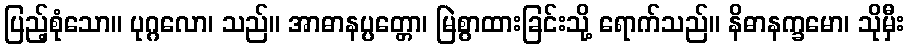
ပြည့်စုံသော။ ပုဂ္ဂလော၊ သည်။ အာဓာနပ္ပတ္တော၊ မြဲစွာထားခြင်းသို့ ရောက်သည်။ နိဓာနက္ခမော၊ သိုမှီး